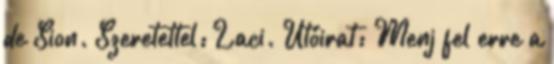
de Sion. Szeretettel: Laci. Utóirat: Menj fel erre a